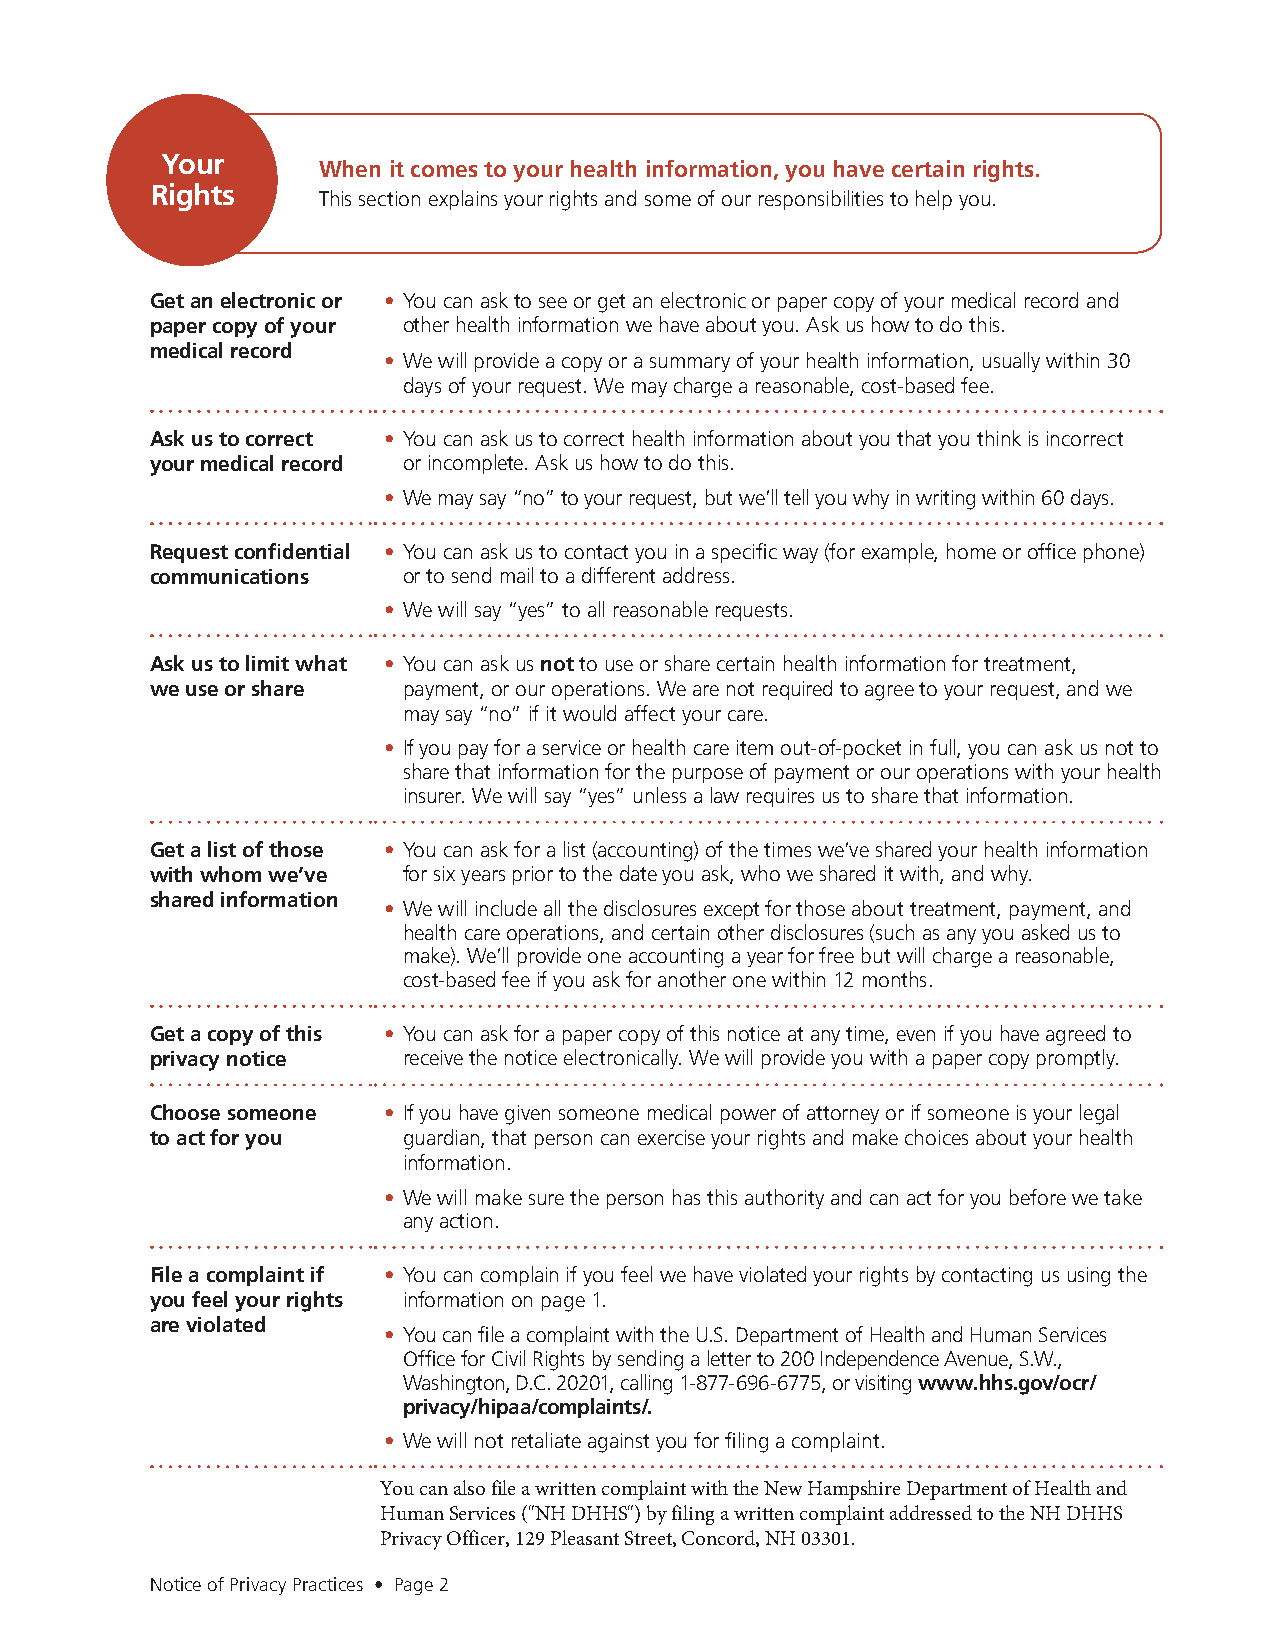
Your
 When it comes to your health information, you have certain rights.
 Rights
 This section explains your rights and some of our responsibilities to help you.
 Get an electronic or • You can ask to see or get an electronic or paper copy of your medical record and
 paper copy of your other health information we have about you. Ask us how to do this.
 medical record
 • We will provide a copy or a summary of your health information, usually within 30
 days of your request. We may charge a reasonable, cost-based fee.
 Ask us to correct • You can ask us to correct health information about you that you think is incorrect
 your medical record or incomplete. Ask us how to do this.
 • We may say “no” to your request, but we’ll tell you why in writing within 60 days.
 Request confidential • You can ask us to contact you in a specific way (for example, home or office phone)
 communications   or to send mail to a different address.
 • We will say “yes” to all reasonable requests.
 Ask us to limit what • You can ask us not to use or share certain health information for treatment,
 we use or share  payment, or our operations. We are not required to agree to your request, and we
 may say “no” if it would affect your care.
 • If you pay for a service or health care item out-of-pocket in full, you can ask us not to
 share that information for the purpose of payment or our operations with your health
 insurer. We will say “yes” unless a law requires us to share that information.
 Get a list of those • You can ask for a list (accounting) of the times we’ve shared your health information
 with whom we’ve  for six years prior to the date you ask, who we shared it with, and why.
 shared information
 • We will include all the disclosures except for those about treatment, payment, and
 health care operations, and certain other disclosures (such as any you asked us to
 make). We’ll provide one accounting a year for free but will charge a reasonable,
 cost-based fee if you ask for another one within 12 months.
 Get a copy of this • You can ask for a paper copy of this notice at any time, even if you have agreed to
 privacy notice   receive the notice electronically. We will provide you with a paper copy promptly.
 Choose someone • If you have given someone medical power of attorney or if someone is your legal
 to act for you   guardian, that person can exercise your rights and make choices about your health
 information.
 • We will make sure the person has this authority and can act for you before we take
 any action.
 File a complaint if • You can complain if you feel we have violated your rights by contacting us using the
 you feel your rights information on page 1.
 are violated
 • You can file a complaint with the U.S. Department of Health and Human Services
 Office for Civil Rights by sending a letter to 200 Independence Avenue, S.W.,
 Washington, D.C. 20201, calling 1-877-696-6775, or visiting www.hhs.gov/ocr/
 privacy/hipaa/complaints/.
 • We will not retaliate against you for filing a complaint.
 You can also file a written complaint with the New Hampshire Department of Health and
 Human Services ("NH DHHS") by filing a written complaint addressed to the NH DHHS
 Privacy Officer, 129 Pleasant Street, Concord, NH 03301.
 Notice of Privacy Practices • Page 2